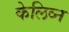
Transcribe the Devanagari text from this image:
केलिव्न